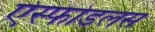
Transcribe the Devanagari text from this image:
ऐस्फोडलस